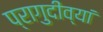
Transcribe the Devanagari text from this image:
प्रागुदीव्यां